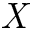
\mathit { X }